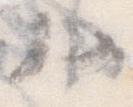
ハ